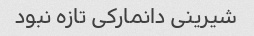
شیرینی دانمارکی تازه نبود